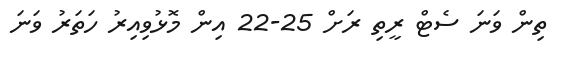
ތިން ވަނަ ސެޓް ރީތި ރަށް 25-22 އިން މޮޅުވިއިރު ހަތަރު ވަނަ